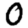
Digit: 0